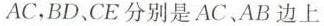
A C$$，BD、CE分别是AC、AB边上